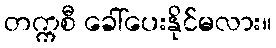
တက္ကစီ ခေါ်ပေးနိုင်မလား။